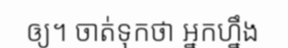
ឲ្យ។ ចាត់ទុកថា អ្នកហ្នឹង